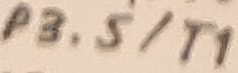
Text: P3.5/T1